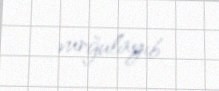
vurğulayıb.